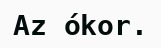
Az ókor.